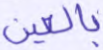
بالعين